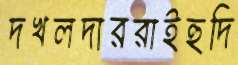
দখলদাররাইহুদি